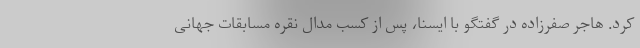
کرد. هاجر صفرزاده در گفتگو با ایسنا، پس از کسب مدال نقره مسابقات جهانی